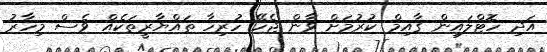
އަދި ހޮޓްލައިން ގާއިމް ކުރުމަށް ވާން ޖެހޭ ހުރިހާ ތައްޔާރީތަކެއް ވެސް މިހާރު